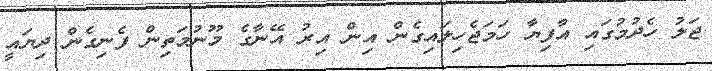
ޖަލު ހެދުމުގައި އާފިޔާ ހަމަޖެހިލައިގެން އިން އިރު އޭނާގެ މޫނުމަތިން ފެނިގެން ދިޔައީ